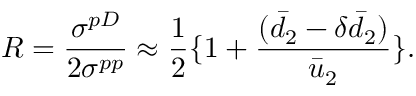
R = \frac { \sigma ^ { p D } } { 2 \sigma ^ { p p } } \approx \frac { 1 } { 2 } \{ 1 + \frac { ( \bar { d } _ { 2 } - \delta \bar { d } _ { 2 } ) } { \bar { u } _ { 2 } } \} .